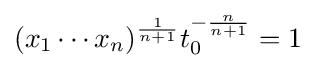
({x_{1}\cdots x_{n}})^{\frac {1}{n+1}}t_{0}^{-{\frac {n}{n+1}}}=1